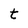
Character: t